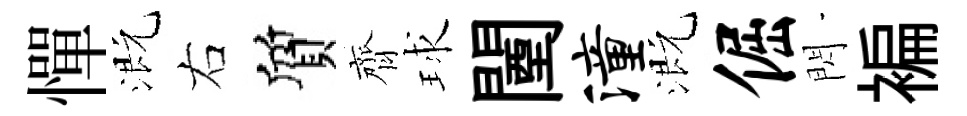
憚溉右質齊球闉潼溉倔閃褊